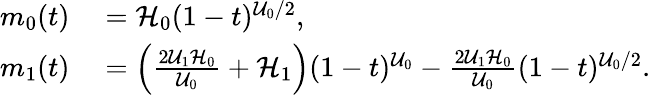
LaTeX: \begin{array}{rl}{m_{0}(t)}&{{}=\mathcal{H}_{0}(1-t)^{\mathcal{U}_{0}/2},}\\ {m_{1}(t)}&{{}=\left(\frac{2\mathcal{U}_{1}\mathcal{H}_{0}}{\mathcal{U}_{0}}+\mathcal{H}_{1}\right)(1-t)^{\mathcal{U}_{0}}-\frac{2\mathcal{U}_{1}\mathcal{H}_{0}}{\mathcal{U}_{0}}(1-t)^{\mathcal{U}_{0}/2}.}\end{array}